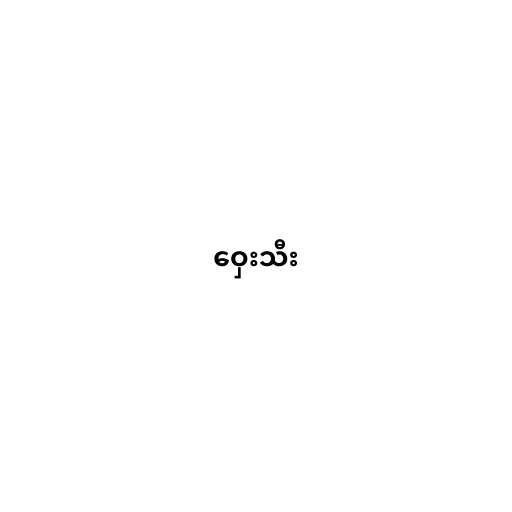
ဝှေးသီး